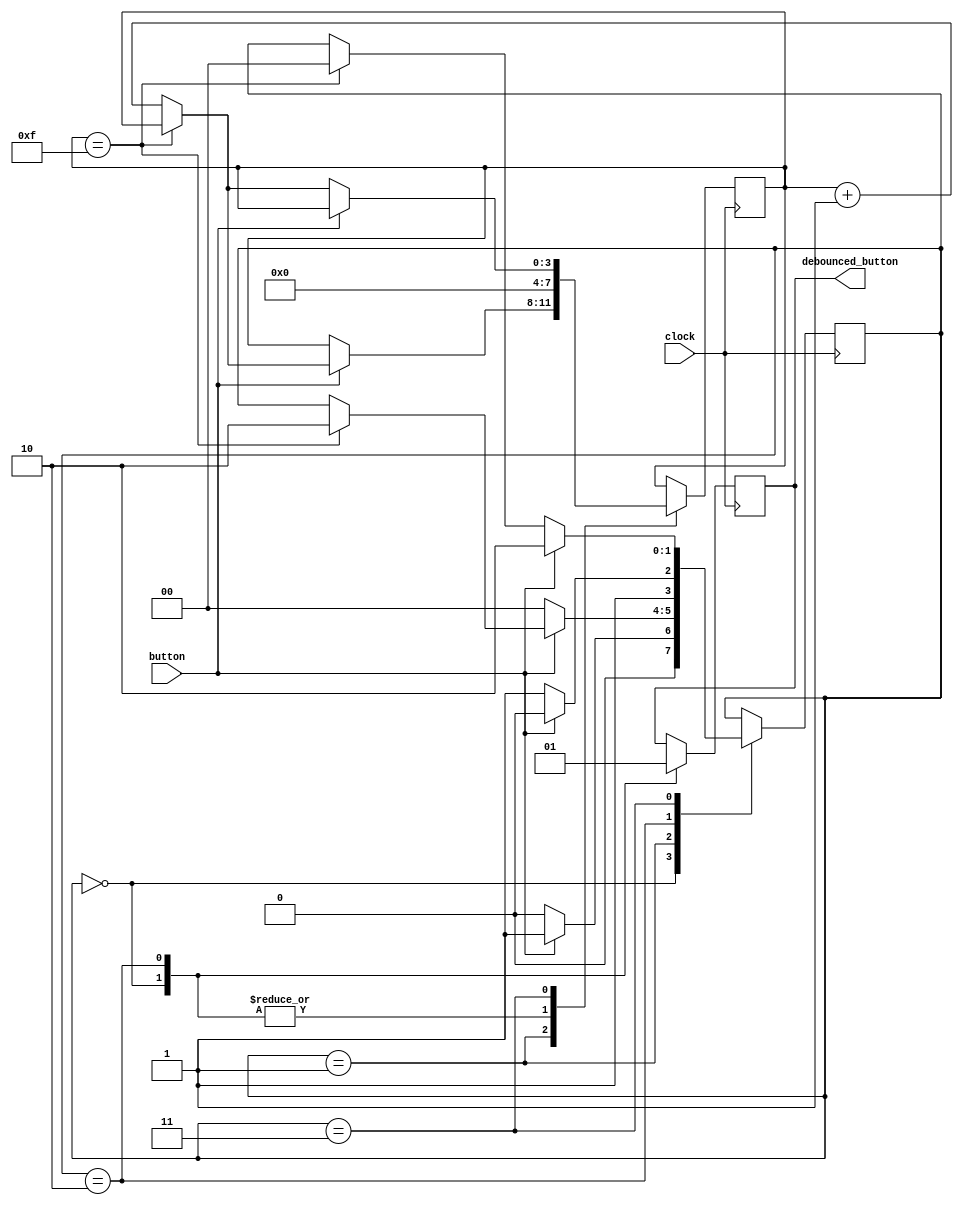
module button_debouncer (
    input button,         
    input clock,            

    output reg debounced_button = 0 
    );

    parameter IDLE = 2'b00, PRESS_CHECK = 2'b01, PRESSED = 2'b10, RELEASE_CHECK = 2'b11;
    // count the number of clock cycles to debounce
    parameter DEBOUNCE_TIME = 15; 


    reg [1:0] state = IDLE;
    reg [3:0] debounce_counter = 0;


    always @(posedge clock) begin
        case (state)
            IDLE: begin
                debounced_button <= 0;
                debounce_counter <= 0;
                state <= (button) ? PRESS_CHECK : IDLE;
            end
            PRESS_CHECK: begin
                if (!button) begin
                    state <= IDLE;
                end else if (debounce_counter == DEBOUNCE_TIME) begin
                    state <= PRESSED;
                end else begin
                    debounce_counter <= debounce_counter + 1;
                end
            end
            PRESSED: begin
                debounced_button <= 1;
                debounce_counter <= 0;
                state <= (!button) ? RELEASE_CHECK : PRESSED;
            end
            RELEASE_CHECK: begin
                if (button) begin
                    state <= PRESSED;
                end else if (debounce_counter == DEBOUNCE_TIME) begin
                    state <= IDLE;
                end else begin 
                    debounce_counter <= debounce_counter + 1;
                end
            end
        endcase
    end
endmodule